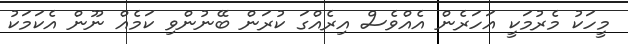
މީހަކު މެރުމަކީ އަހަރެން އެއްވެސް އިރެއްގަ ކުރަން ބޭނުންވި ކަމެއް ނޫން އެކަމަކު